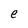
Character: e